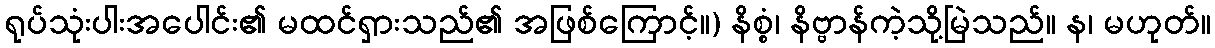
ရုပ်သုံးပါးအပေါင်း၏ မထင်ရှားသည်၏ အဖြစ်ကြောင့်။) နိစ္စံ၊ နိဗ္ဗာန်ကဲ့သို့မြဲသည်။ န၊ မဟုတ်။